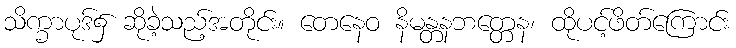
သိက္ခာပုဒ်၌ ဆိုခဲ့သည့်အတိုင်း။ တေနေဝ နိမန္တနဘတ္တေန၊ ထိုပင့်ဖိတ်ကြောင်း